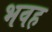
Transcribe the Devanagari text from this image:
भवह